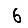
Digit: 6